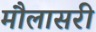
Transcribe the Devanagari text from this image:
मौलासरी